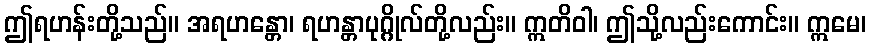
ဤရဟန်းတို့သည်။ အရဟန္တော၊ ရဟန္တာပုဂ္ဂိုလ်တို့လည်း။ ဣတိဝါ၊ ဤသို့လည်းကောင်း။ ဣမေ၊